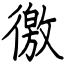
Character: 徼